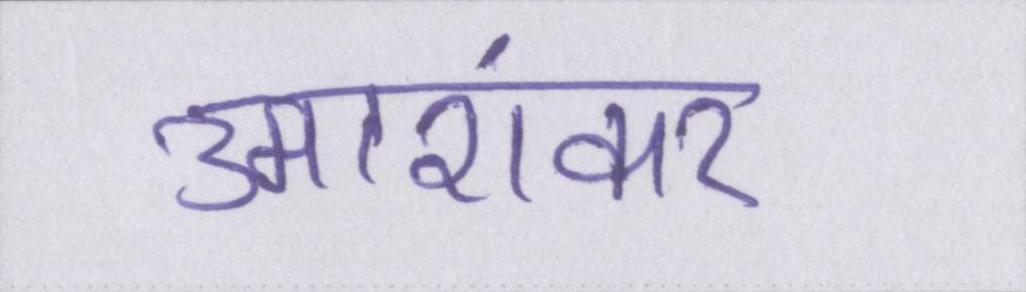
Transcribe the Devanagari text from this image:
उमाशंकर